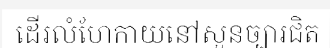
ដើរលំហែកាយនៅសួនច្បារជិត